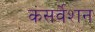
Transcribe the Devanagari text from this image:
कंसर्वेशन